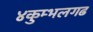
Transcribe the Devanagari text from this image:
४कुम्भलगढ